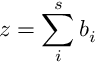
z = \sum _ { i } ^ { s } b _ { i }